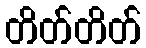
တိတ်တိတ်